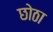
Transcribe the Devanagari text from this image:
छोठा